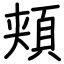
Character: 頬